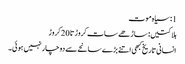
1: سیاہ موت
ہلاکتیں: ساڑھے سات کروڑ تا 20 کروڑ
انسانی تاریخ کبھی اتنے بڑے سانحے سے دوچار نہیں ہوئی۔